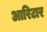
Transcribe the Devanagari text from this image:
आरिटार